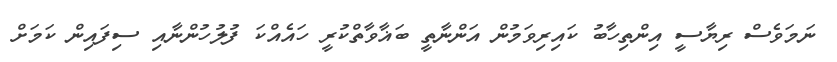
ނަމަވެސް ރިޔާސީ އިންތިހާބު ކައިރިވަމުން އަންނާތީ ބަޣާވާތްކުރީ ހައެއްކަ ފުލުހުންނާއި ސިފައިން ކަމަށް